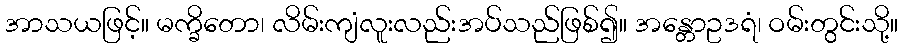
အာသယဖြင့်။ မက္ခိတော၊ လိမ်းကျံလူးလည်းအပ်သည်ဖြစ်၍။ အန္တောဥဒရံ၊ ဝမ်းတွင်းသို့။